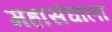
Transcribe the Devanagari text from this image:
महासंघाला